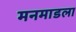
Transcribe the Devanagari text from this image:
मनमाडला